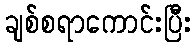
ချစ်စရာကောင်းပြီး